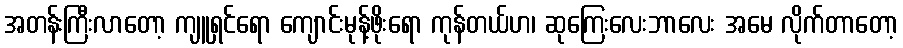
အတန်းကြီးလာတော့ ကျူရှင်ရော ကျောင်းမုန့်ဖိုးရော ကုန်တယ်ဟ၊ ဆုကြေးလေးဘာလေး အမေ လိုက်တာတော့